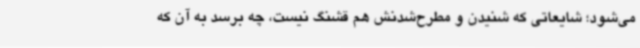
می‌شود؛ شایعاتی که شنیدن و مطرح‌شدنش هم قشنگ نیست، چه برسد به آن که